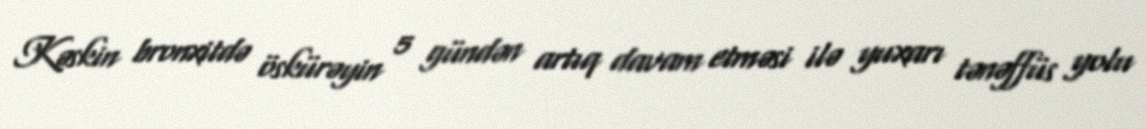
Kəskin bronxitdə öskürəyin 5 gündən artıq davam etməsi ilə yuxarı tənəffüs yolu